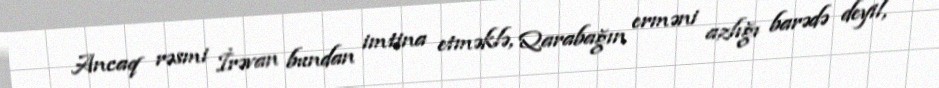
Ancaq rəsmi İrəvan bundan imtina etməklə, Qarabağın erməni azlığı barədə deyil,